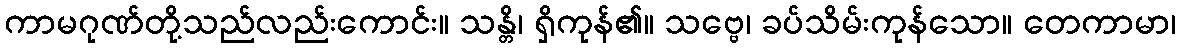
ကာမဂုဏ်တို့သည်လည်းကောင်း။ သန္တိ၊ ရှိကုန်၏။ သဗ္ဗေ၊ ခပ်သိမ်းကုန်သော။ တေကာမာ၊